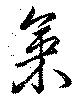
気